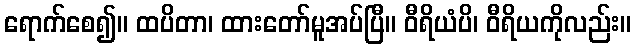
ရောက်စေ၍။ ထပိတာ၊ ထားတော်မူအပ်ပြီ။ ဝီရိယံပိ၊ ဝီရိယကိုလည်း။